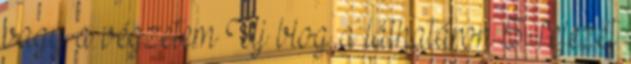
vagy a végzetem Új blog a láthatáron 5. fejezet